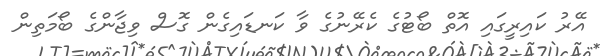
އޭރު ކައިރީގައި އޮތް ބޯޓުގެ ކެރޭނުގެ ވާ ކަނޑައިގެން ގޮސް ވިޖާންގެ ބޯމަތިން